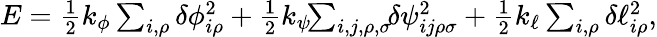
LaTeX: \begin{array}{r}{E=\frac{1}{2}k_{\phi}\sum_{i,\rho}\delta\phi_{i\rho}^{2}+\frac{1}{2}k_{\psi}\! \! \sum_{i,j,\rho,\sigma}\! \! \delta\psi_{ij\rho\sigma}^{2}+\frac{1}{2}k_{\ell}\sum_{i,\rho}\delta\ell_{i\rho}^{2},}\end{array}